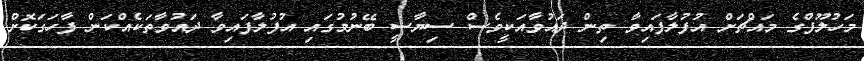
މަހުލޫފްގެ މައްޗަށް އުފުލާފައިވާ ތިން ދައުވާއަކީވެސް ސިޔާސީ ބޭނުމުގައި އުފުލާފައިވާ ދައުވާތަކެއްކަން ފާހަގަކޮށް